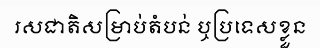
រសជាតិសម្រាប់តំបន់ ឬប្រទេសខ្លួន